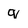
Character: q